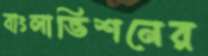
বাংলাভিশনের